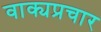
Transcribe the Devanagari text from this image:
वाक्यप्रचार